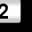
Digit: 2